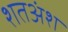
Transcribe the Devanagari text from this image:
शतअंश